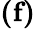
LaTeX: \textbf{(f)}